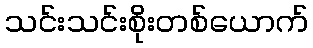
သင်းသင်းစိုးတစ်ယောက်